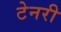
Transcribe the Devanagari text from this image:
टेनरी